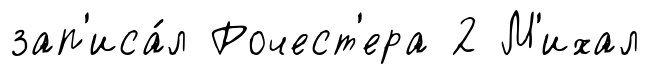
зап'иса́л Рочест'ера 2 М'ихал